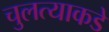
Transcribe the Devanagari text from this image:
चुलत्याकडे